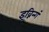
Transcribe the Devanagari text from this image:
इव्निन्गं